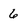
Character: 6